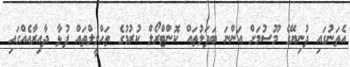
އެތަނުގައި ދުނިޔޭގެ މޫސުމަށް އަންނަ ބަދަލުތައް ކޮންޓްރޯލް ކުރުމުގެ ތަޙްލީލްތައް ފުޅާ ދާއިރާއެއްގައި